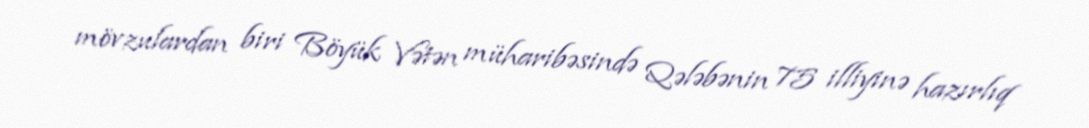
mövzulardan biri Böyük Vətən müharibəsində Qələbənin 75 illiyinə hazırlıq